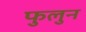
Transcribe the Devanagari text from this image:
फुलुन